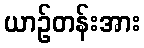
ယာဉ်တန်းအား